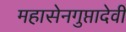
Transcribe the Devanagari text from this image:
महासेनगुप्तादेवी